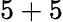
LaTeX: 5+5